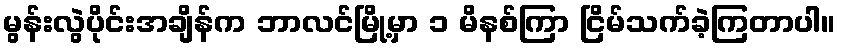
မွန်းလွဲပိုင်းအချိန်က ဘာလင်မြို့မှာ ၁ မိနစ်ကြာ ငြိမ်သက်ခဲ့ကြတာပါ။